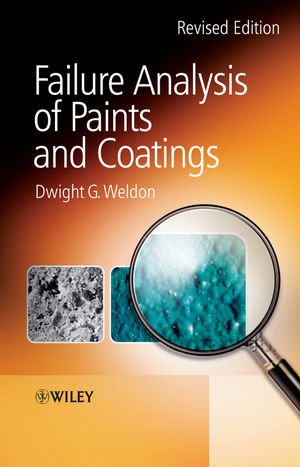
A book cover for Failure Analysis of Paints and Coatings; Dwight G. Weldon; Science & Math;